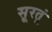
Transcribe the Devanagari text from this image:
सूरतूं